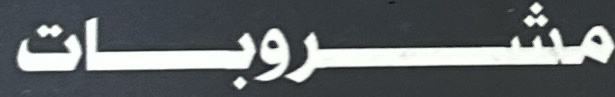
مشروبات